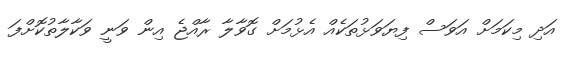
އަދި މިކަމަށް އަވަސް ފިޔަވަޅުތަކެއް އެޅުމަށް ގޮވާލާ ރާއްޖެ އިން ވަނީ ވަކާލާތުކޮށްފަ